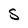
Character: S